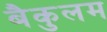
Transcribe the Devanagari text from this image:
बैकुलम